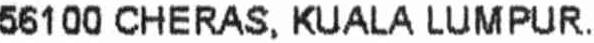
56100 CHERAS, KUALA LUMPUR.